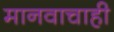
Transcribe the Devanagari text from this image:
मानवाचाही